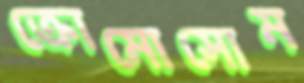
ক্রোমোসোম